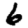
Digit: 6